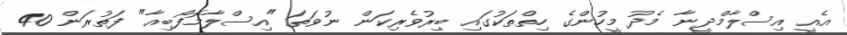
އެއީ އިސްލާމްދީނާ މެދު މީހުންގެ ހިތްތަކުގައި ބިރުވެރިކަން ނުވަތަ "އިސްލާމޮފޯބިއާ" ފަތުރަން 40